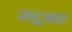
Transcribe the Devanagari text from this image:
सरुआर